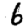
Digit: 6